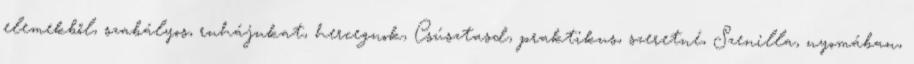
elemekből, szabályos, ruhájukat, hercegnok, Csúsztasd, praktikus, szeretné, Szenilla, nyomában,